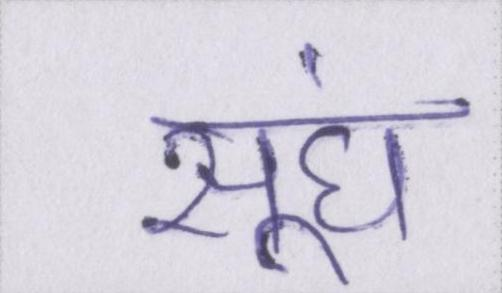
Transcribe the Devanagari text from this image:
सूंघ